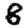
Digit: 8